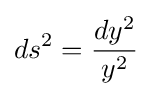
ds^{2}={\frac {dy^{2}}{y^{2}}}